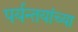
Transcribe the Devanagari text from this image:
पर्यन्तयांच्या